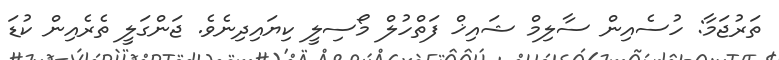
ތަރުޖަމާ: ހުސެއިން ސާލިމް ޝައިޚް ފަތްހުލް މޯސިލީ ކިޔައިދިނެވެ. ޖަންގަލީ ތެރެއިން ކުޑަ